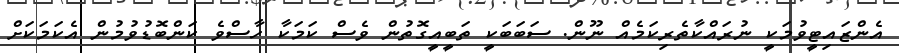
އެންޒައިޓީވުމަކީ ނުރައްކާތެރިކަމެއް ނޫން. ސަބަބަކީ ތަބީއީގޮތުން ވެސް ކަމަކާ ހާސްވެ ކަންބޮޑުވުމުން އެކަމަކަށް